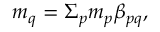
m _ { q } = \Sigma _ { p } { m _ { p } \beta _ { p q } } ,